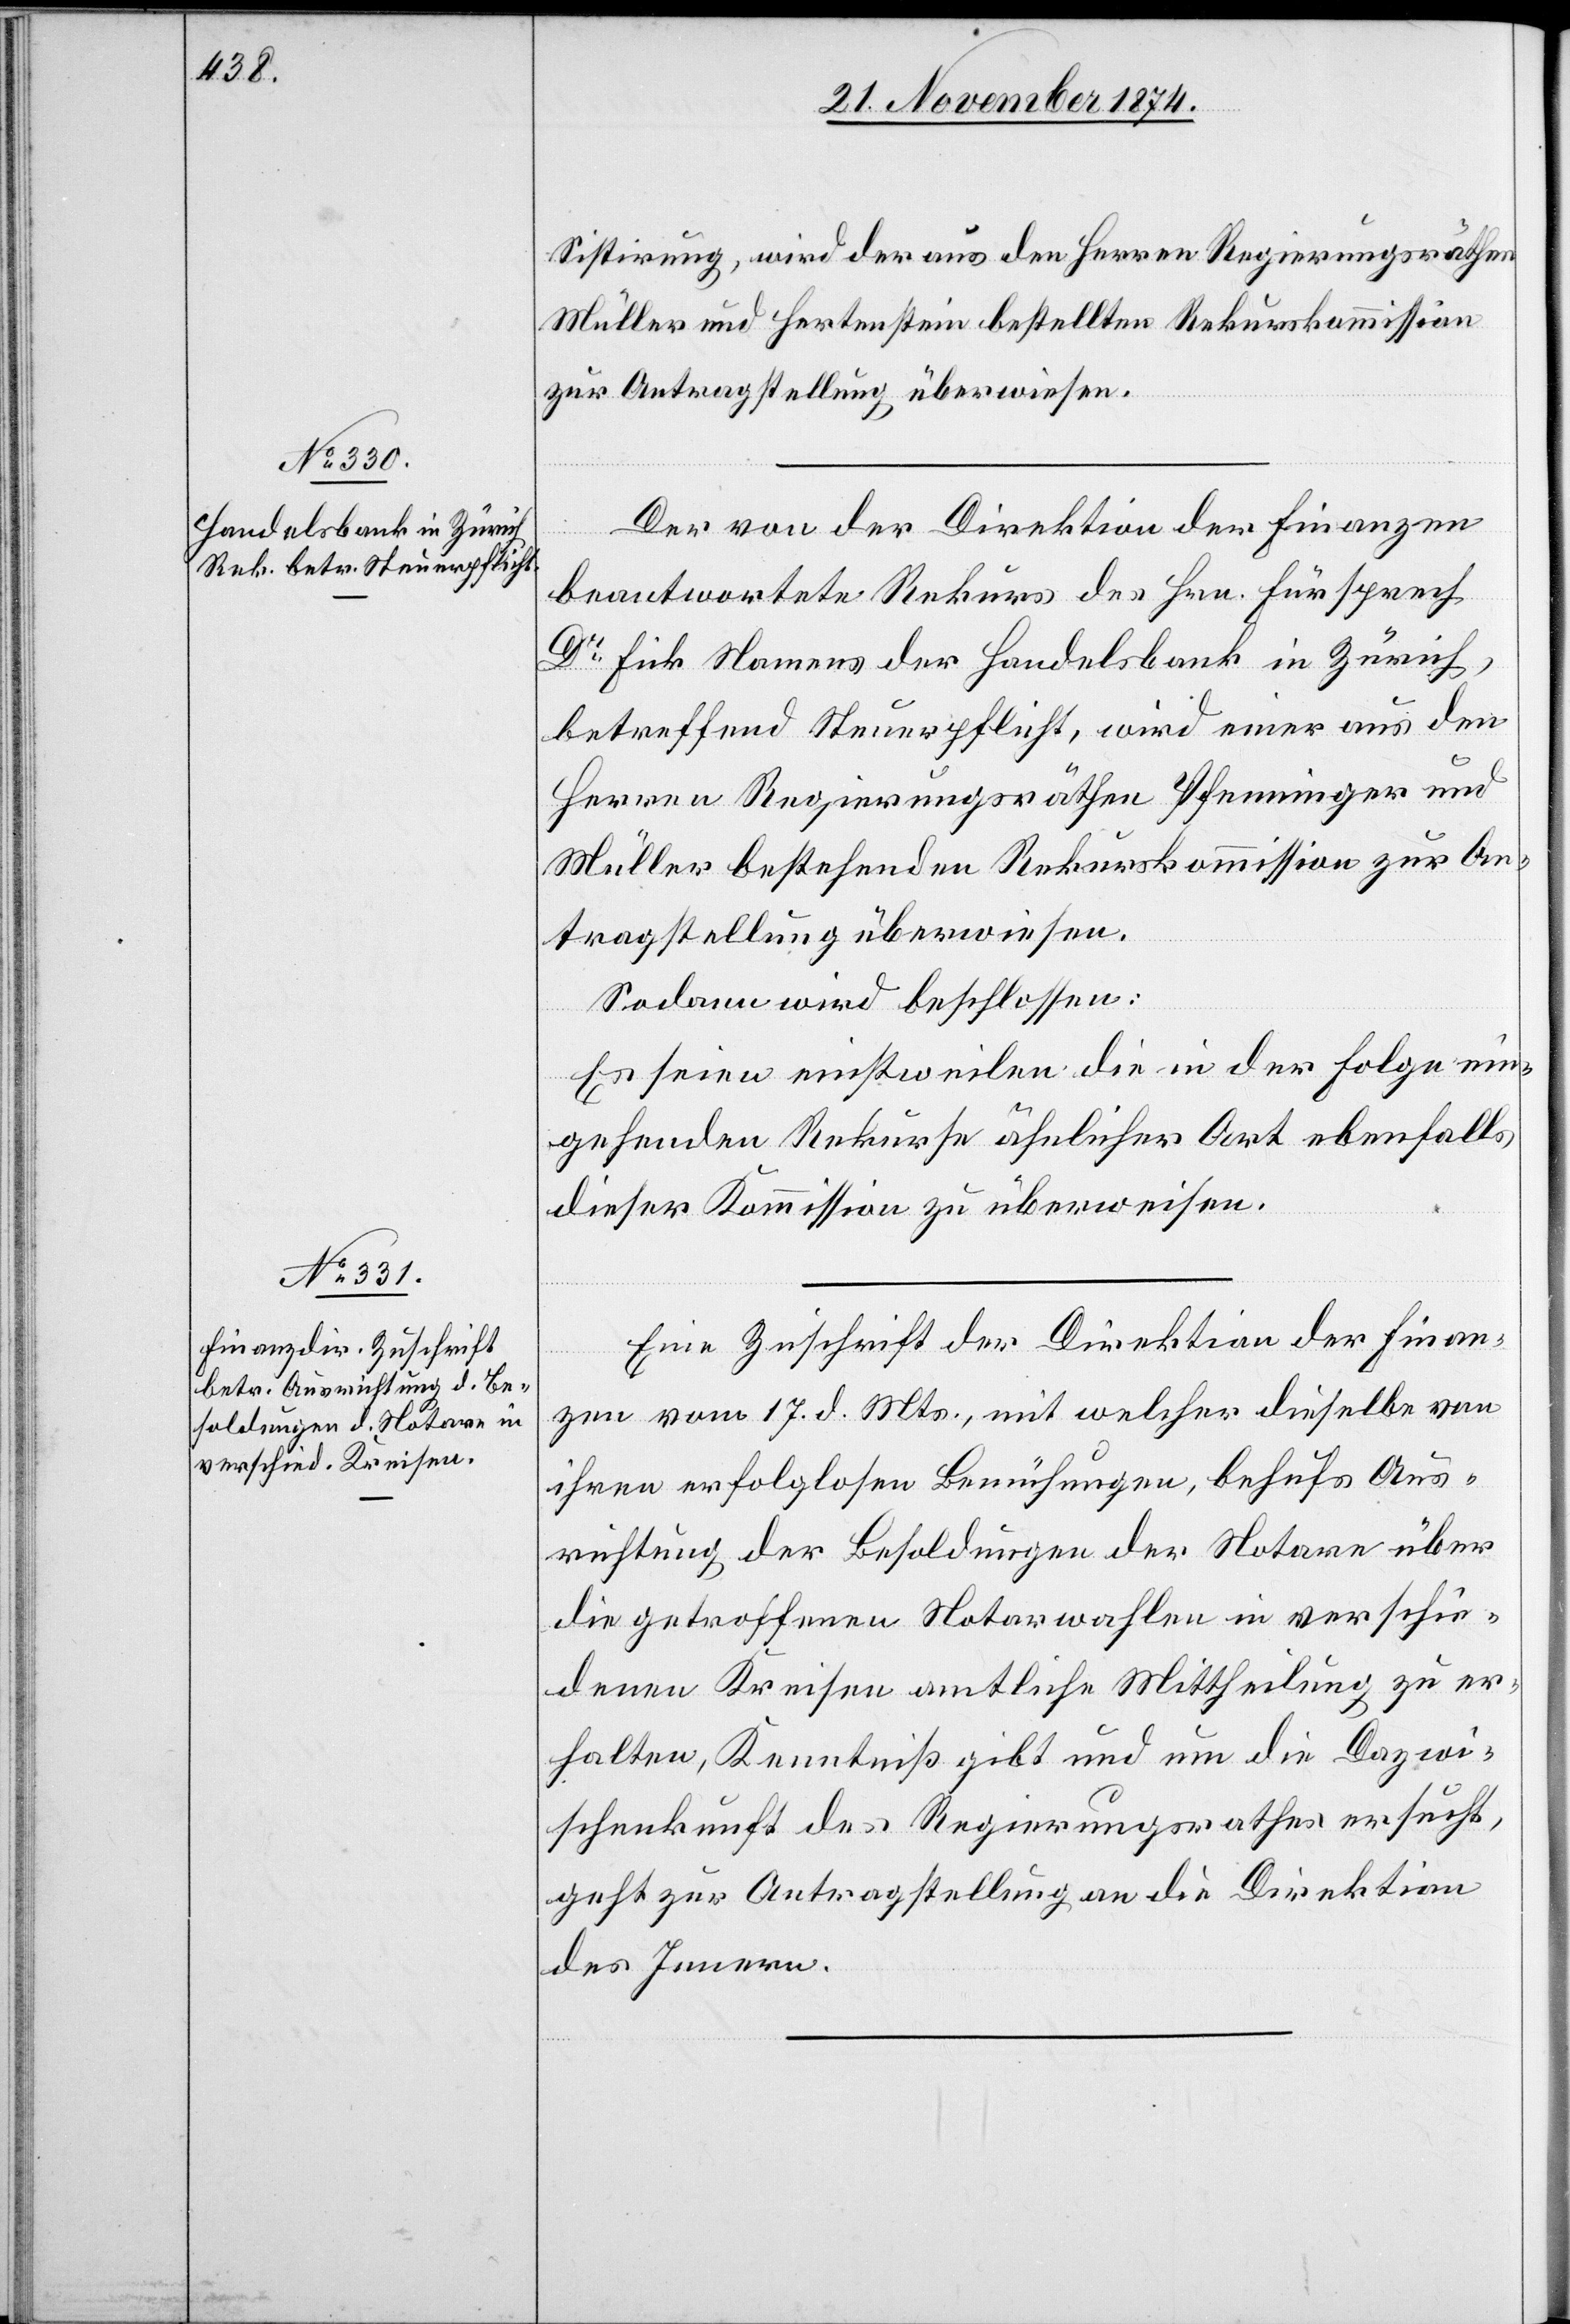
Sistirung, wird der aus den Herren Regierungsräthen
Müller und Hertenstein bestellten Rekurskommission
zur Antragstellung überwiesen.
Der von der Direktion der Finanzen
beantwortete Rekurs des Hrn. Fürsprech
Dr Fick Namens der Handelsbank in Zürich,
betreffend Steuerpflicht, wird einer aus den
Herren Regierungsräthen Pfenninger und
Müller bestehenden Rekurskommission zur An¬
tragstellung überwiesen.
Sodann wird beschlossen:
Es seien einstweilen die in der Folge ein¬
gehenden Rekurse ähnlicher Art ebenfalls
dieser Kommission zu überweisen.
Eine Zuschrift der Direktion der Finan¬
zen vom 17. d. Mts., mit welcher dieselbe von
ihren erfolglosen Bemühungen, behufs Aus¬
richtung der Besoldungen der Notare über
die getroffenen Notarwahlen in verschie¬
denen Kreisen amtliche Mittheilung zu er¬
halten, Kenntniß gibt und um die Dazwi¬
schenkunft des Regierungsrathes ersucht,
geht zur Antragstellung an die Direktion
des Innern.